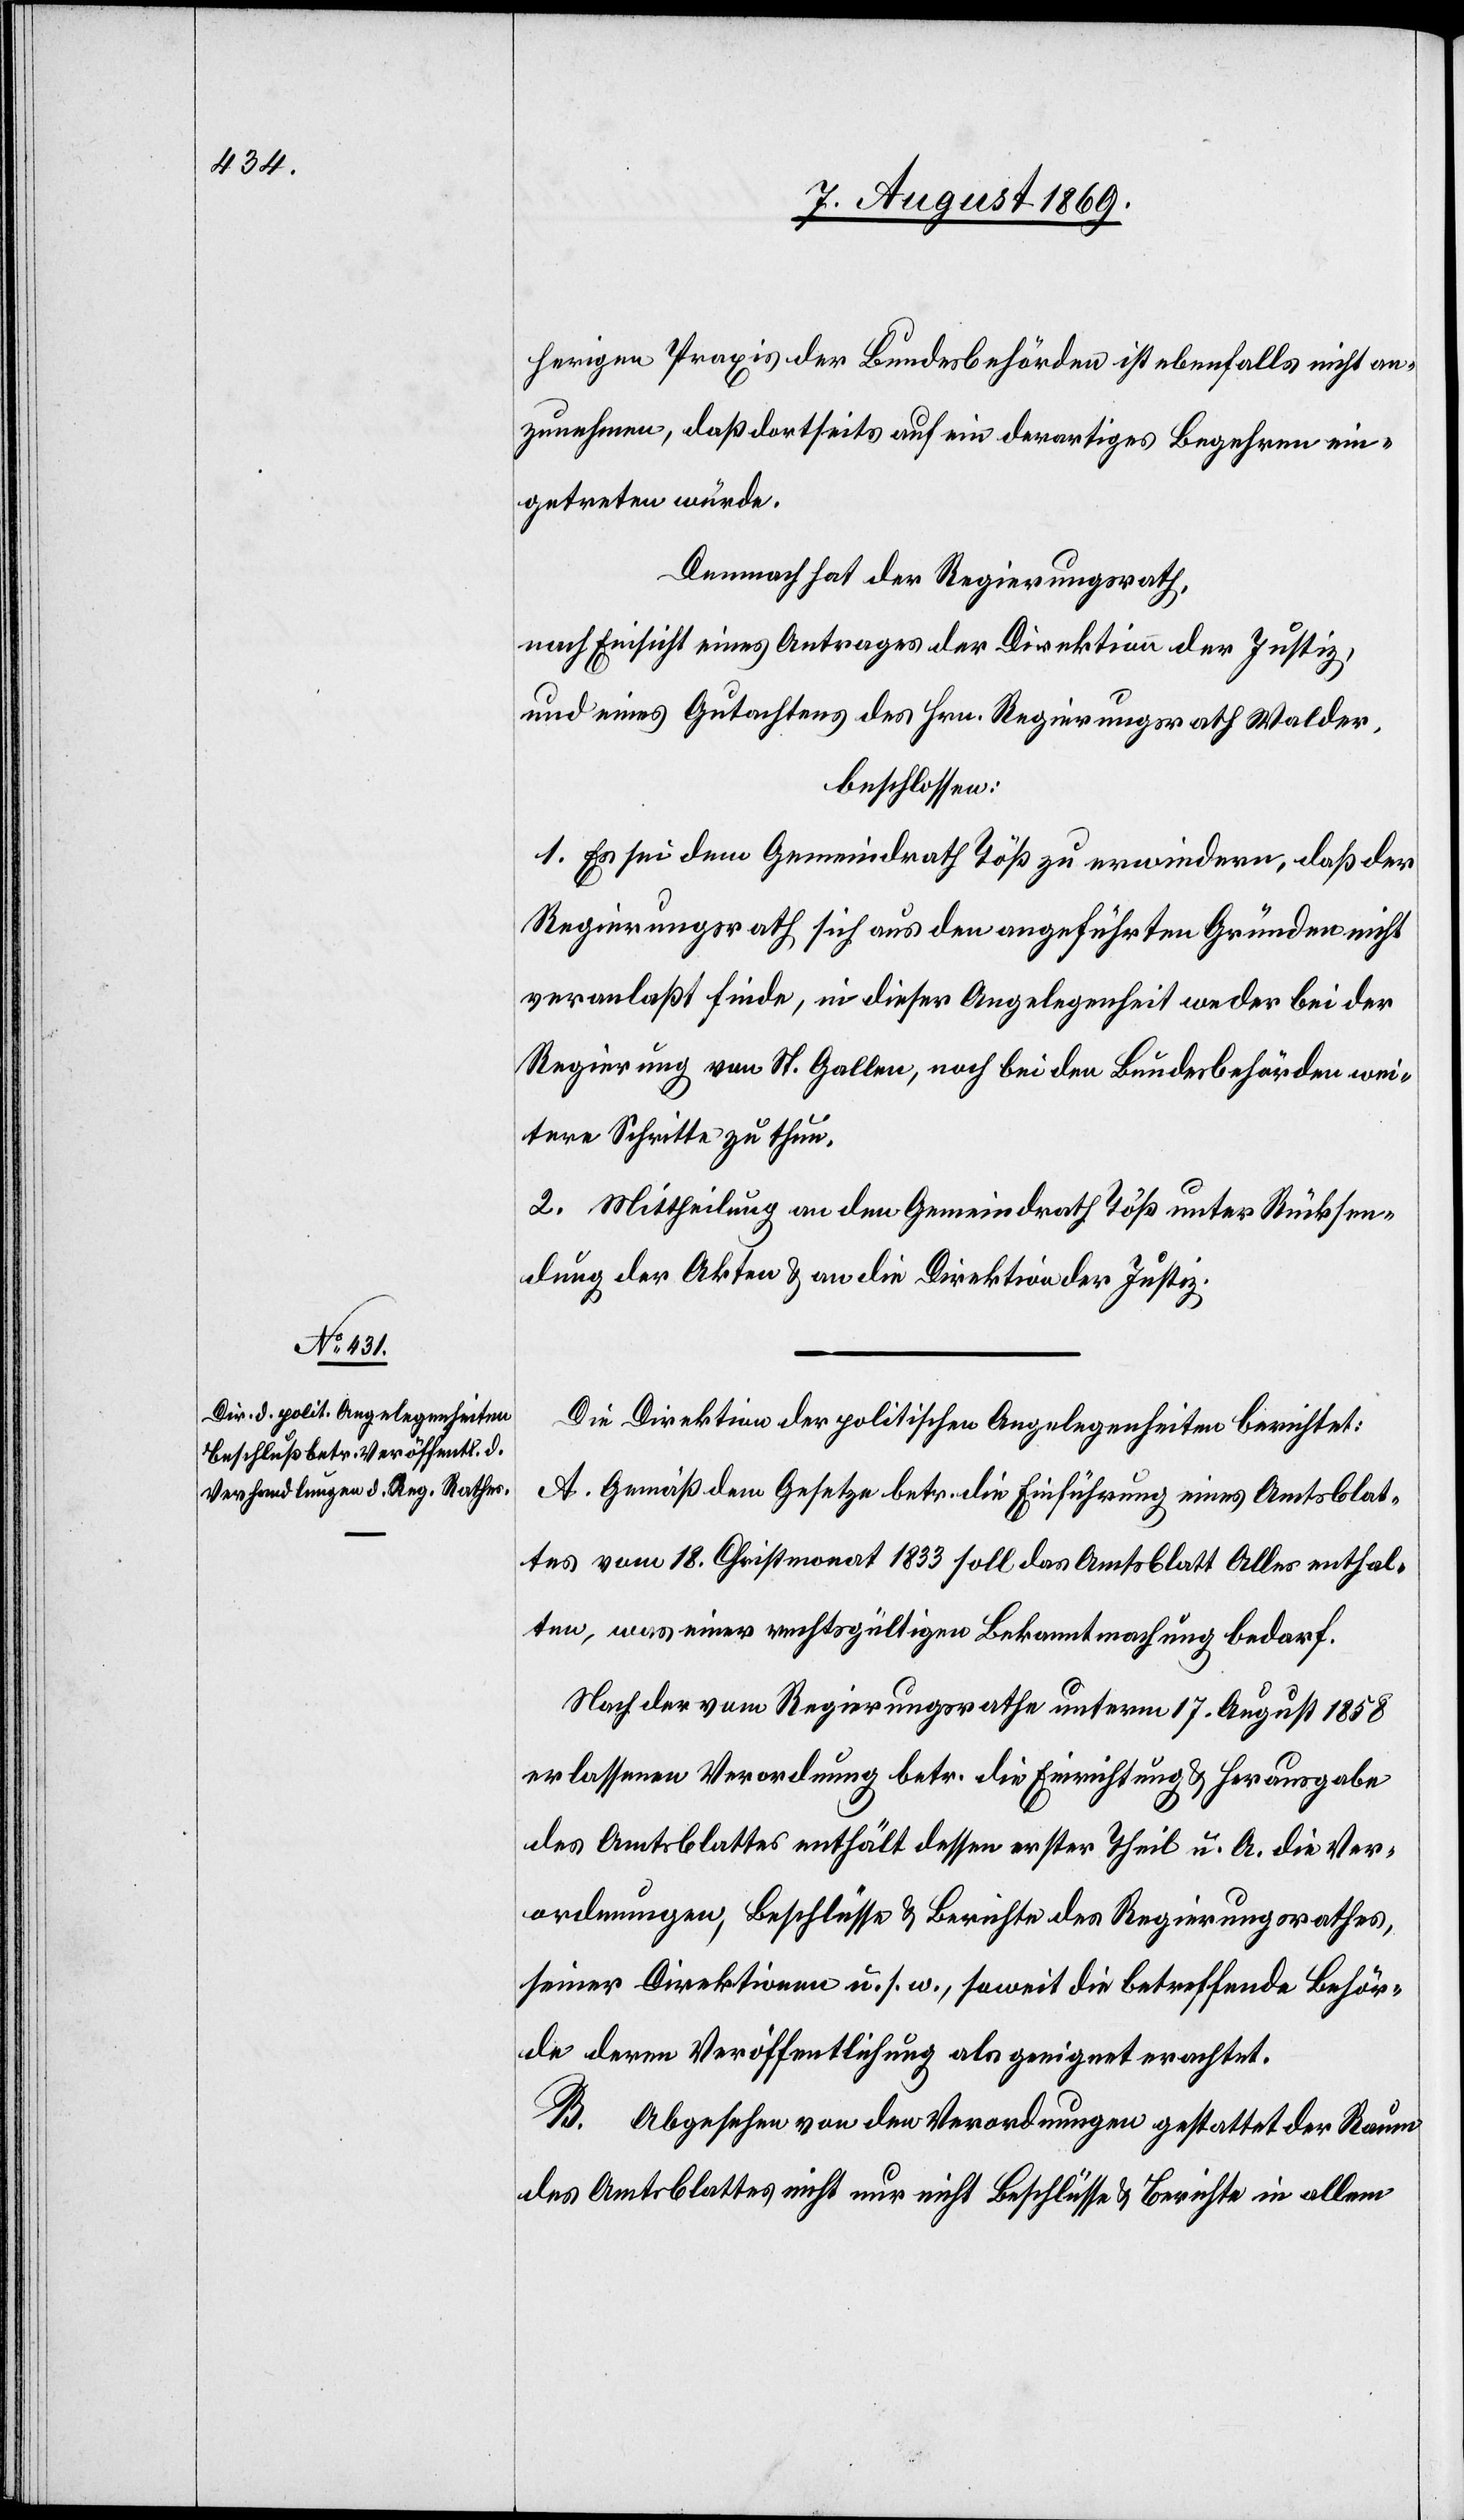
herigen Praxis der Bundesbehörden ist ebenfalls nicht an¬
zunehmen, daß dortseits auf ein derartiges Begehren ein¬
getreten würde.
Demnach hat der Regierungsrath,
nach Einsicht eines Antrages der Direktion der Justiz,
und eines Antrages des Hrn. Regierungsrath Walder,
beschlossen:
1. Es sei dem Gemeindrath Töß zu erwiedern, daß der
Regierungsrath sich aus den angeführten Gründen nicht
veranlaßt finde, in dieser Angelegenheit weder bei der
Regierung von St. Gallen, noch bei den Bundesbehörden wei¬
tere Schritte zu thun.
2. Mittheilung an den Gemeindrath Töß unter Rücksen¬
dung der Akten & an die Direktion der Justiz.
Die Direktion der politischen Angelegenheiten berichtet:
A. Gemäß dem Gesetze betr. die Einführung eines Amtsblat¬
tes vom 18 Christmonat 1833 soll das Amtsblatt Alles enthal¬
ten, was einer rechtsgültigen Bekanntmachung bedarf.
Nach der vom Regierungsrathe unterm 17 August 1858
erlassenen Verordnung betr. die Errichtung & Herausgabe
des Amtsblattes enthält dessen erster Theil u. A. die Ver¬
ordnungen, Beschlüsse & Berichte des Regierungsrathes,
seiner Direktionen u. s. w., soweit die betreffende Behör¬
de deren Veröffentlichung als geeignet erachtet.
B. Abgesehen von den Verordnungen gestattet der Raum
des Amtsblattes nicht nur nicht Beschlüsse & Berichte in allem